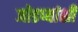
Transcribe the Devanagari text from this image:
जोडप्यांशी